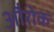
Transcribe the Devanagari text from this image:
औरोक